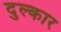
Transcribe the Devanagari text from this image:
दुल्कार